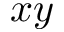
x y